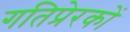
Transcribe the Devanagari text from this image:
गतिप्रेरकों